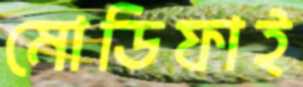
মোডিফাই